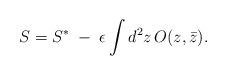
LaTeX: \begin{align*}S=S^{*}\;-\;\epsilon\int d^2z \,O(z,\bar z).\end{align*}